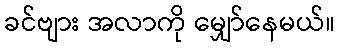
ခင်ဗျား အလာကို မျှော်နေမယ်။